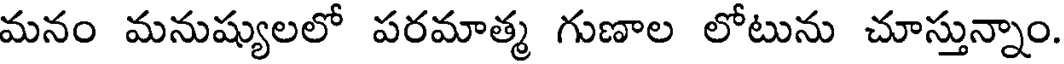
మనం మనుష్యులలో పరమాత్మ గుణాల లోటును చూస్తున్నాం.